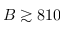
B \gtrsim 8 1 0